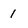
Character: 1